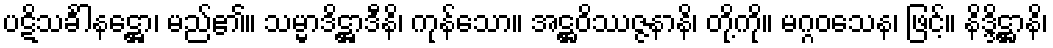
ပဋိသင်္ခါနဋ္ဌော၊ မည်၏။ သမ္မာဒိဋ္ဌာဒီနိ၊ ကုန်သော။ အဋ္ဌဝိဿဇ္ဇနာနိ၊ တို့ကို။ မဂ္ဂဝသေန၊ ဖြင့်။ နိဒ္ဒိဋ္ဌာနိ၊